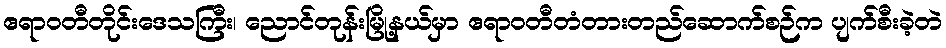
ဧရာဝတီတိုင်းဒေသကြီး၊ ညောင်တုန်းမြို့နယ်မှာ ဧရာဝတီတံတားတည်ဆောက်စဉ်က ပျက်စီးခဲ့တဲ